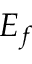
E _ { f }